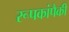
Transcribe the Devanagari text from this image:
रूपकांपैकी